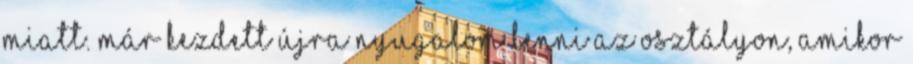
miatt. Már kezdett újra nyugalom lenni az osztályon, amikor